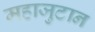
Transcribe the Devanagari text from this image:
महाजुटान